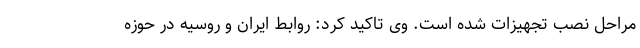
مراحل نصب تجهیزات شده است. وی تاکید کرد: روابط ایران و روسیه در حوزه